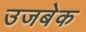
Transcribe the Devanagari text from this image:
उजबेक